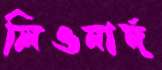
লিওনার্দ